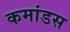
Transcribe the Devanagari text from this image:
कमांडस